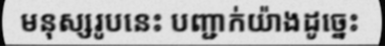
មនុស្សរូបនេះ បញ្ជាក់យ៉ាងដូច្នេះ